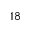
^ { 1 8 }